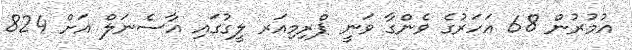
އުމުރުން 68 އަހަރުގެ ވެންގާ ވަނީ ޕްރިމިއަރ ލީގުގައި އާސެނަލް އަށް 824